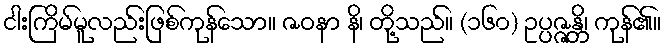
ငါးကြိမ်မူလည်းဖြစ်ကုန်သော။ ဇဝနာ နိ၊ တို့သည်။ (၁၆၀) ဥပ္ပဇ္ဇန္တိ၊ ကုန်၏။